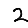
Digit: 2